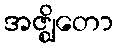
အဇ္ဈိတော